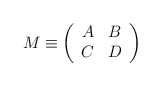
\begin{align*}M \equiv \left( \begin{array}{ cc} A & B \\ C & D \end{array} \right)\end{align*}